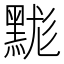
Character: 䵨